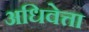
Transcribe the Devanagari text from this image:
अधिवेत्ता